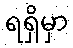
ရရှိမှာ